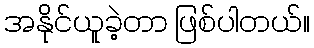
အနိုင်ယူခဲ့တာ ဖြစ်ပါတယ်။